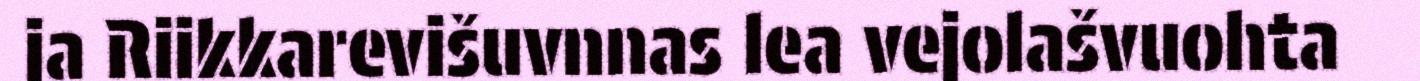
ja Riikkarevišuvnnas lea vejolašvuohta